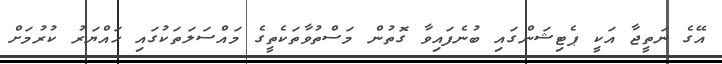
އޭގެ ނަތީޖާ އަކީ ޕެޓިޝަންގައި ބުނެފައިވާ ގޮތުން މަސްތުވާތަކެތީގެ މައްސަލަތަކުގައި ހައްޔަރު ކުރުމަށް